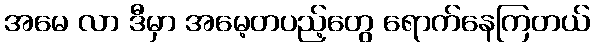
အမေ လာ ဒီမှာ အမေ့တပည့်တွေ ရောက်နေကြတယ်